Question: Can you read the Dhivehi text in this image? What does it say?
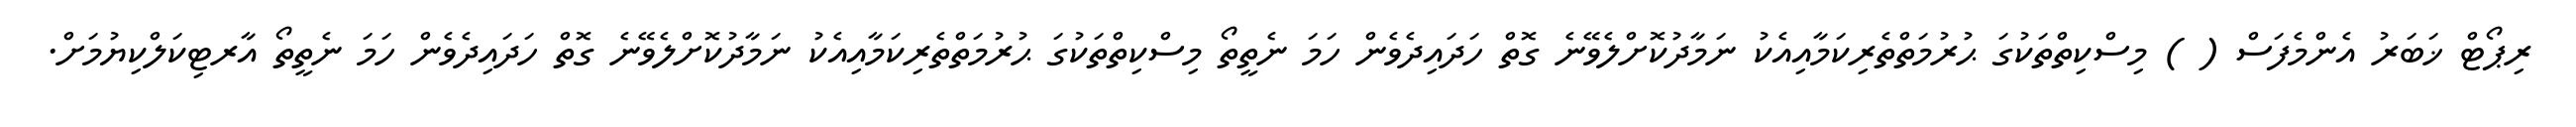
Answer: ރިޕޯޓް ޚަބަރު އެންމެފަސް ( ) މިސްކިތްތަކުގަ ޙުރުމަތްތެރިކަމާއިއެކު ނަމާދުކޮށްލެވޭނެ ގޮތް ހަދައިދެވެން ހަމަ ނެތީތޯ މިސްކިތްތަކުގަ ޙުރުމަތްތެރިކަމާއިއެކު ނަމާދުކޮށްލެވޭނެ ގޮތް ހަދައިދެވެން ހަމަ ނެތީތޯ އާރޓިކަލްކިޔުމަށް.